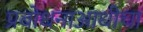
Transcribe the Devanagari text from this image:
प्रबोधनाआधीचा